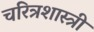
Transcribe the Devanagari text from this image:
चरित्रशास्त्री